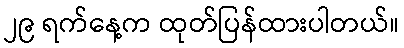
၂၉ ရက်နေ့က ထုတ်ပြန်ထားပါတယ်။